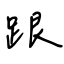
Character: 跟